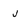
Character: v